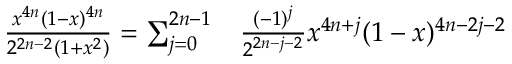
\begin{array} { r l } { { \frac { x ^ { 4 n } ( 1 - x ) ^ { 4 n } } { 2 ^ { 2 n - 2 } ( 1 + x ^ { 2 } ) } } = \sum _ { j = 0 } ^ { 2 n - 1 } } & { { } { \frac { ( - 1 ) ^ { j } } { 2 ^ { 2 n - j - 2 } } } x ^ { 4 n + j } ( 1 - x ) ^ { 4 n - 2 j - 2 } } \end{array}